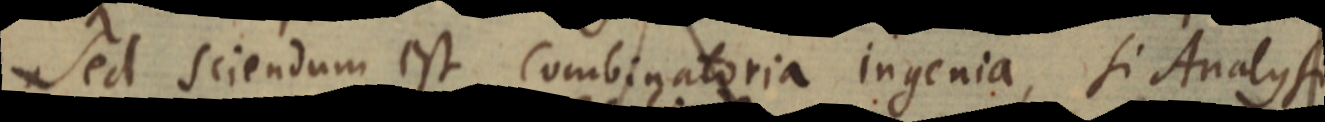
Sed sciendum est Combinatoria ingenia, si Analysi